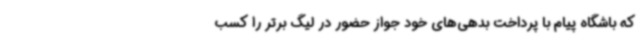
که باشگاه پیام با پرداخت بدهی‌های خود جواز حضور در لیگ برتر را کسب